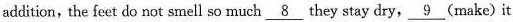
addition, the feet do not smell so much \underlien{8}they stay dry, \underline{9}(make)it